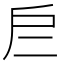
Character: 𢨧